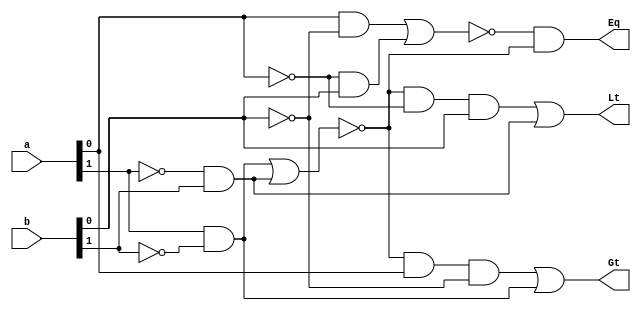
//2  

module comparator(a, b, Gt, Eq, Lt);
	input	[1:0]	a; 
	input	[1:0]	b; 

	output		Gt;
	output		Eq;
	output		Lt;
                                        //xnor                                  
	assign Gt = ~(a[1] & ~b[1] | ~a[1] & b[1]) & a[0] & ~b[0] | a[1] & ~b[1];
	assign Eq = ~(a[0] & ~b[0] | ~a[0] & b[0]) & ~(a[1] & ~b[1] | ~a[1] & b[1]);
	assign Lt = ~(a[1] & ~b[1] | ~a[1] & b[1]) & ~a[0] & b[0] | ~a[1] & b[1];
            
endmodule